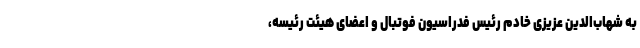
به شهاب‌الدین عزیزی‌ خادم رئیس فدراسیون فوتبال و اعضای هیئت رئیسه،